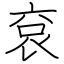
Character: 袞